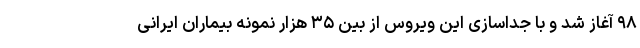
۹۸ آغاز شد و با جداسازی این ویروس از بین ۳۵ هزار نمونه بیماران ایرانی